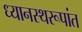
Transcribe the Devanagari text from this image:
ध्यानस्थरूपांत